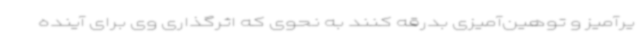
یرآمیز و توهین‌آمیزی بدرقه کنند به نحوی که اثرگذاری وی برای آینده